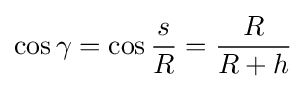
\cos \gamma =\cos {\frac {s}{R}}={\frac {R}{R+h}}